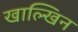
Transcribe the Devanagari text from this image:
खाल्खिन